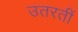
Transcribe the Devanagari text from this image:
उतरतीं